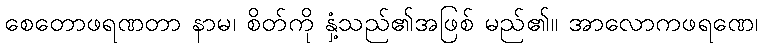
စေတောဖရဏတာ နာမ၊ စိတ်ကို နှံ့သည်၏အဖြစ် မည်၏။ အာလောကဖရဏေ၊